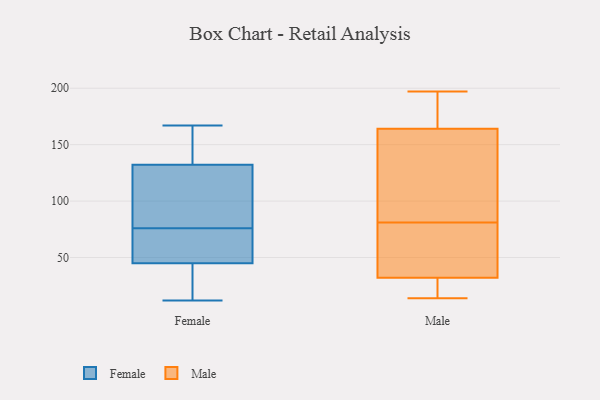
{"axis": {"x": "Demand Index", "y": "Value"}, "legend": ["Female", "Male"], "data": [{"x": "", "y": 162, "type": "Female"}, {"x": "", "y": 72, "type": "Female"}, {"x": "", "y": 74, "type": "Female"}, {"x": "", "y": 69, "type": "Female"}, {"x": "", "y": 48, "type": "Female"}, {"x": "", "y": 85, "type": "Female"}, {"x": "", "y": 22, "type": "Female"}, {"x": "", "y": 126, "type": "Female"}, {"x": "", "y": 33, "type": "Female"}, {"x": "", "y": 40, "type": "Female"}, {"x": "", "y": 12, "type": "Female"}, {"x": "", "y": 127, "type": "Female"}, {"x": "", "y": 76, "type": "Female"}, {"x": "", "y": 134, "type": "Female"}, {"x": "", "y": 153, "type": "Female"}, {"x": "", "y": 85, "type": "Female"}, {"x": "", "y": 44, "type": "Female"}, {"x": "", "y": 164, "type": "Female"}, {"x": "", "y": 167, "type": "Female"}, {"x": "", "y": 105, "type": "Male"}, {"x": "", "y": 31, "type": "Male"}, {"x": "", "y": 16, "type": "Male"}, {"x": "", "y": 30, "type": "Male"}, {"x": "", "y": 152, "type": "Male"}, {"x": "", "y": 57, "type": "Male"}, {"x": "", "y": 14, "type": "Male"}, {"x": "", "y": 144, "type": "Male"}, {"x": "", "y": 197, "type": "Male"}, {"x": "", "y": 191, "type": "Male"}, {"x": "", "y": 45, "type": "Male"}, {"x": "", "y": 37, "type": "Male"}, {"x": "", "y": 169, "type": "Male"}, {"x": "", "y": 32, "type": "Male"}, {"x": "", "y": 34, "type": "Male"}, {"x": "", "y": 187, "type": "Male"}, {"x": "", "y": 118, "type": "Male"}, {"x": "", "y": 164, "type": "Male"}]}